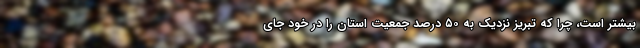
بیشتر است، چرا که تبریز نزدیک به ۵۰ درصد جمعیت استان را در خود جای